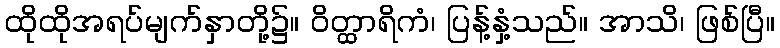
ထိုထိုအရပ်မျက်နှာတို့၌။ ဝိတ္ထာရိကံ၊ ပြန့်နှံ့သည်။ အာသိ၊ ဖြစ်ပြီ။